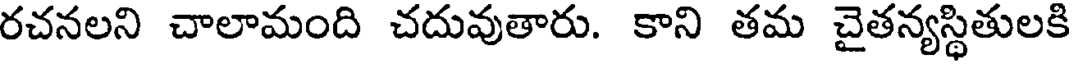
రచనలని చాలామంది చదువుతారు. కాని తమ చైతన్యస్థితులకి